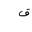
Letter: _qaf